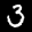
Label: 3